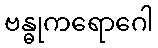
ဗန္ဓုကရောဂေါ